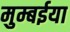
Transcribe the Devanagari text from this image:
मुम्बईया